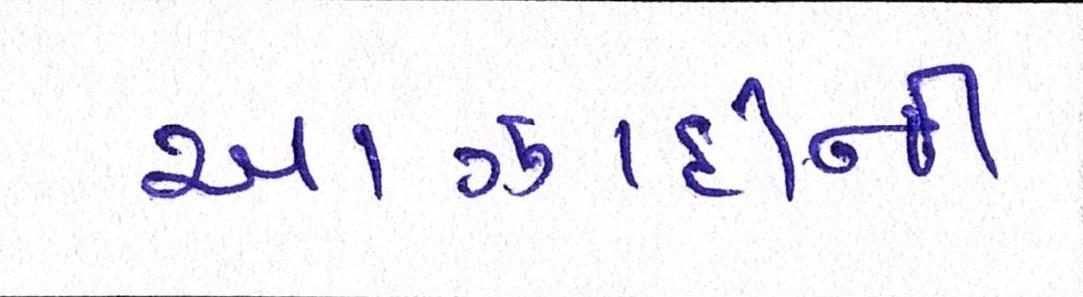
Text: આઝાદીની